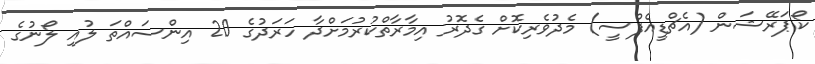
ކޯޕަރޭޝަން (އެޗްޑީއެފްސީ) މެދުވެރިކޮށް ގެދޮރު އިމާރާތްކުރުމަށްދާ ހަރަދުގެ 20 އިންސައްތަ ލުއި ލޯނުގެ